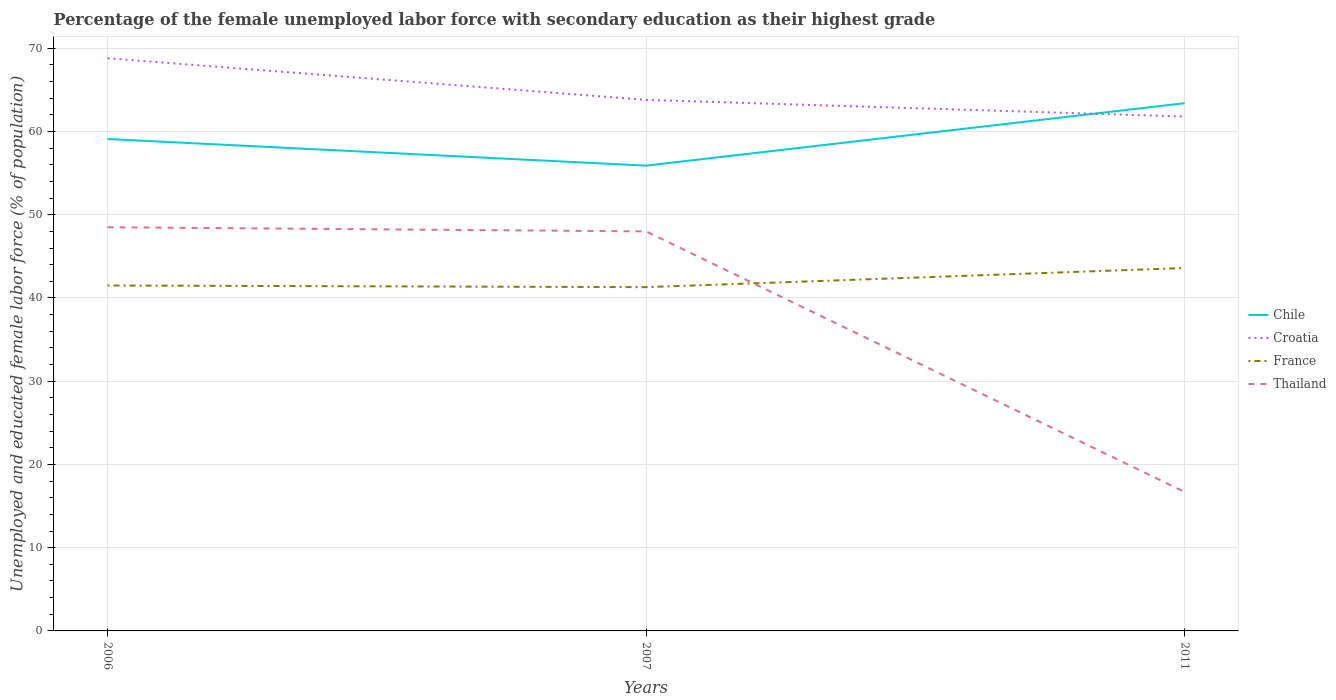
| Years | Chile | Croatia | France | Thailand |
 | --- | --- | --- | --- | --- |
 | 2006 | 59.1 | 68.8 | 41.5 | 48.5 |
 | 2007 | 55.9 | 63.8 | 41.3 | 48 |
 | 2011 | 63.4 | 61.8 | 43.6 | 16.7 |